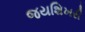
જયશિખરી